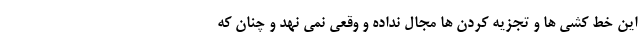
این خط کشی ها و تجزیه کردن ها مجال نداده و وقعی نمی نهد و چنان که